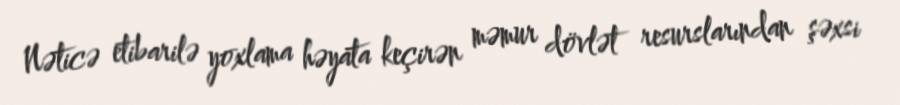
Nəticə etibarilə yoxlama həyata keçirən məmur dövlət resurslarından şəxsi